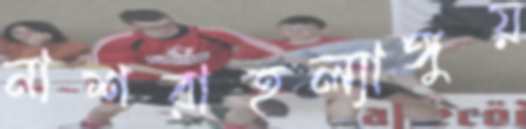
নাশরাহল্যাঙ্গুয়